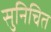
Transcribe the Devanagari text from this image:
सुनिचित